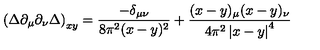
\left( \Delta \partial _ { \mu } \partial _ { \nu } \Delta \right) _ { x y } = \frac { - \delta _ { \mu \nu } } { 8 \pi ^ { 2 } ( x - y ) ^ { 2 } } + \frac { ( x - y ) _ { \mu } ( x - y ) _ { \nu } } { 4 \pi ^ { 2 } \left| x - y \right| ^ { 4 } }